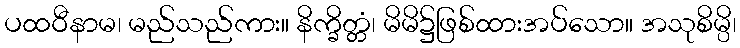
ပထဝီနာမ၊ မည်သည်ကား။ နိက္ခိတ္တံ၊ မိမိ၌ဖြစ်ထားအပ်သော။ အသုစိမ္ပိ၊